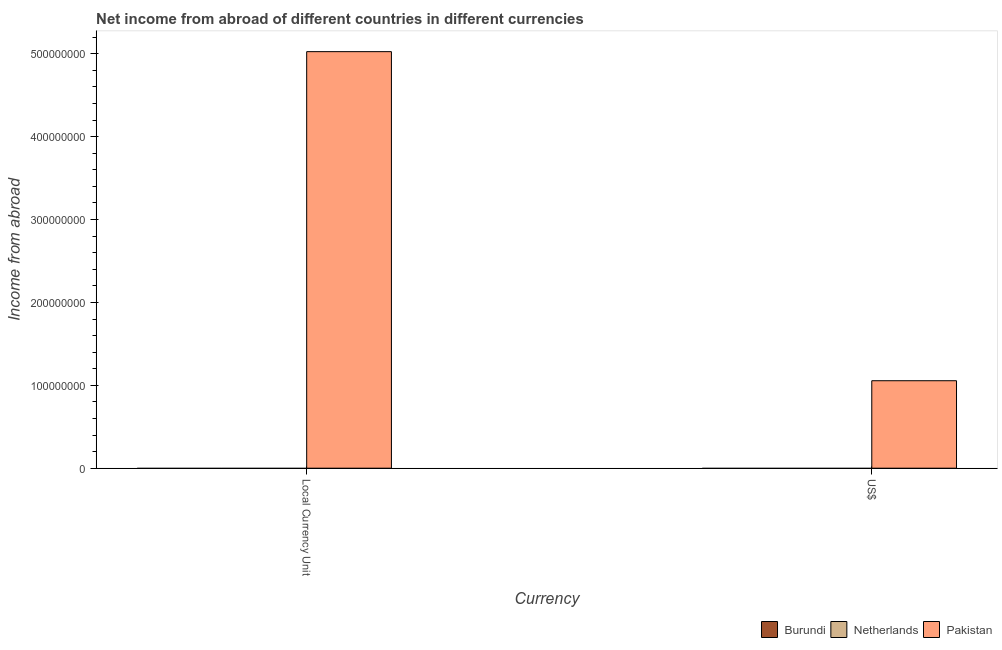
| Currency | Burundi | Netherlands | Pakistan |
 | --- | --- | --- | --- |
 | Local Currency Unit | -1.09e+08 | -5.23e+06 | 5.03e+08 |
 | US$ | -2.18e+06 | -3.16e+06 | 1.06e+08 |